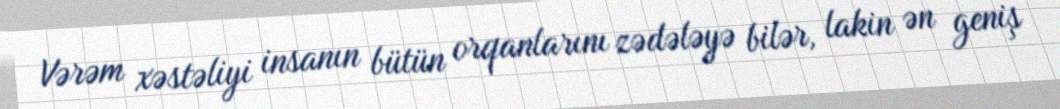
Vərəm xəstəliyi insanın bütün orqanlarını zədələyə bilər, lakin ən geniş